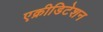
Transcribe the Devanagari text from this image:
एक्रीडिटेशन